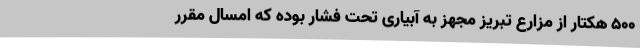
500 هکتار از مزارع تبریز مجهز به آبیاری تحت فشار بوده که امسال مقرر